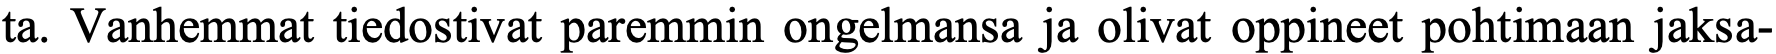
ta. Vanhemmat tiedostivat paremmin ongelmansa ja olivat oppineet pohtimaan jaksa-